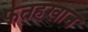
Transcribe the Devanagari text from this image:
फतहखान